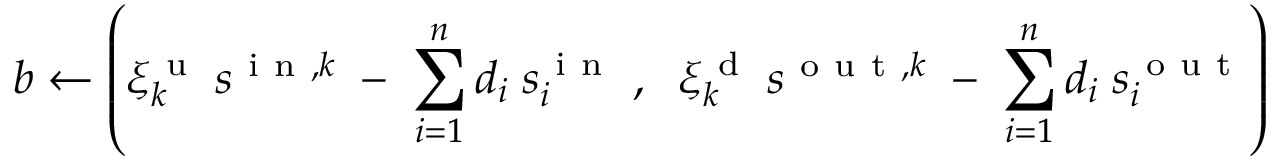
b \gets \left( \xi _ { k } ^ { \mathrm { ~ u ~ } } \: s ^ { \mathrm { ~ i ~ n ~ } , k } \; - \; \sum _ { i = 1 } ^ { n } d _ { i } \; s _ { i } ^ { \mathrm { ~ i ~ n ~ } } \; , \; \; \xi _ { k } ^ { \mathrm { ~ d ~ } } \: s ^ { \mathrm { ~ o ~ u ~ t ~ } , k } \; - \; \sum _ { i = 1 } ^ { n } d _ { i } \; s _ { i } ^ { \mathrm { ~ o ~ u ~ t ~ } } \right)